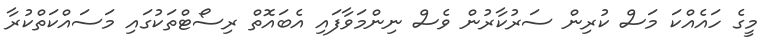
މީގެ ހައެއްކަ މަސް ކުރިން ސަރުކާރުން ވެސް ނިންމަވާފައި އެބައޮތް ރިސޯޓްތަކުގައި މަސައްކަތްކުރާ